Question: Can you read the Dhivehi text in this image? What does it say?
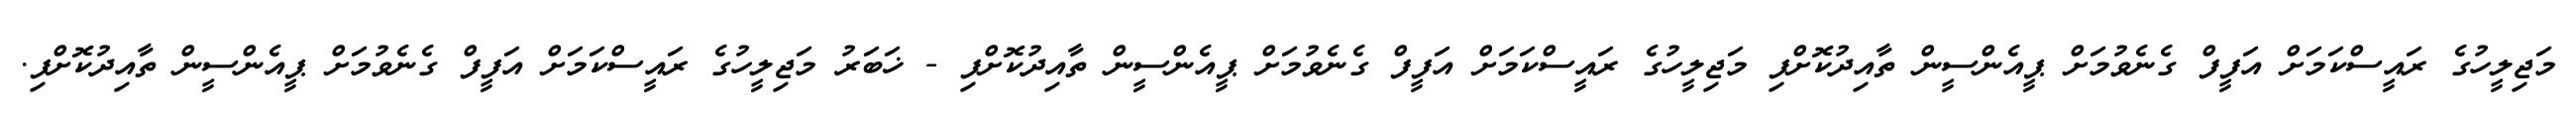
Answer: މަޖިލީހުގެ ރައީސްކަމަށް އަފީފް ގެނެވުމަށް ޕީއެންސީން ތާއިދުކޮށްފި މަޖިލީހުގެ ރައީސްކަމަށް އަފީފް ގެނެވުމަށް ޕީއެންސީން ތާއިދުކޮށްފި - ޚަބަރު މަޖިލީހުގެ ރައީސްކަމަށް އަފީފް ގެނެވުމަށް ޕީއެންސީން ތާއިދުކޮށްފި.